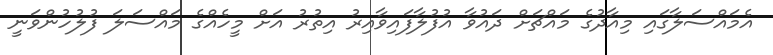
އެމައްސަލާގައި މިއާދުގެ މައްޗަށް ދައުވާ އުފުލާފައިވާއިރު އިތުރު އަށް މީހެއްގެ މައްސަލަ ފުލުހުންވަނީ